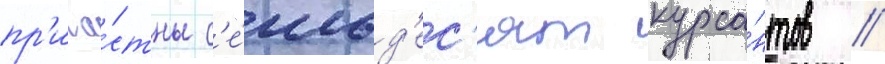
пр'ича́стны с'е́мьд'ес'ят курса́нтов //